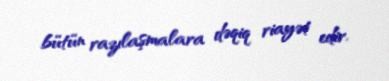
bütün razılaşmalara dəqiq riayət edir.